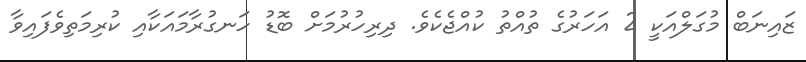
ޒައިނަބް މުގަލްއަކީ 2 އަހަރުގެ ތުއްތު ކުއްޖެކެވެ. ދިރިހުރުމަށް ބޮޑު ހަނގުރާމައަކާއި ކުރިމަތިވެފައިވާ